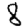
Digit: 8